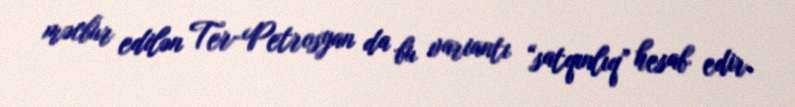
məcbur edilən Ter-Petrosyan da bu variantı “satqınlıq” hesab edir.